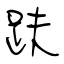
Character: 趺